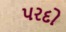
પરદો